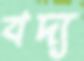
বদ্য